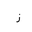
Letter: _zay